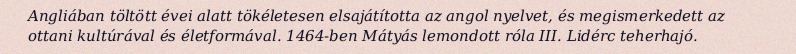
Angliában töltött évei alatt tökéletesen elsajátította az angol nyelvet, és megismerkedett az ottani kultúrával és életformával. 1464-ben Mátyás lemondott róla III. Lidérc teherhajó.